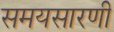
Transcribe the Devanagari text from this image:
समयसारणी